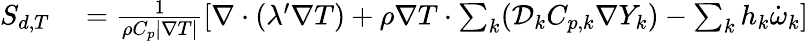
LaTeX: \begin{array}{rl}{S_{d,T}}&{{}=\frac{1}{\rho C_{p}|\nabla T|}\left[\nabla\cdot(\lambda^{\prime}\nabla T)+\rho\nabla T\cdot\sum_{k}^{}(\mathcal{D}_{k}C_{p,k}\nabla Y_{k})-\sum_{k}^{}h_{k}\dot{\omega}_{k}\right]}\end{array}